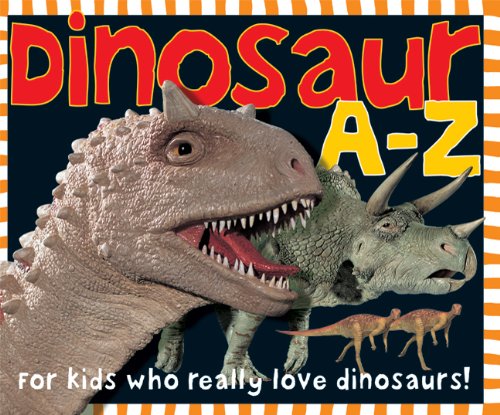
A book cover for Dinosaur A-Z: For kids who really love dinosaurs!; Roger Priddy; Children's Books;